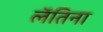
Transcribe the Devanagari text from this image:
लॅतिना